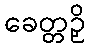
ခေတ္တဉှိ